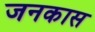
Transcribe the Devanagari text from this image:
जनकास